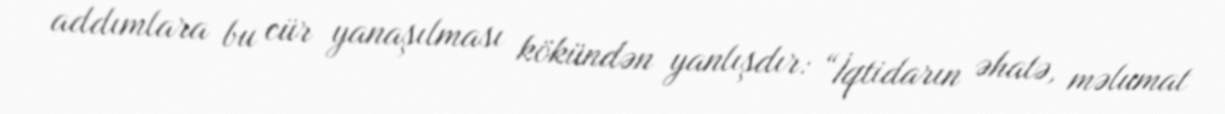
addımlara bu cür yanaşılması kökündən yanlışdır: “İqtidarın əhatə, məlumat